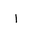
Letter: _alif